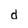
Character: d